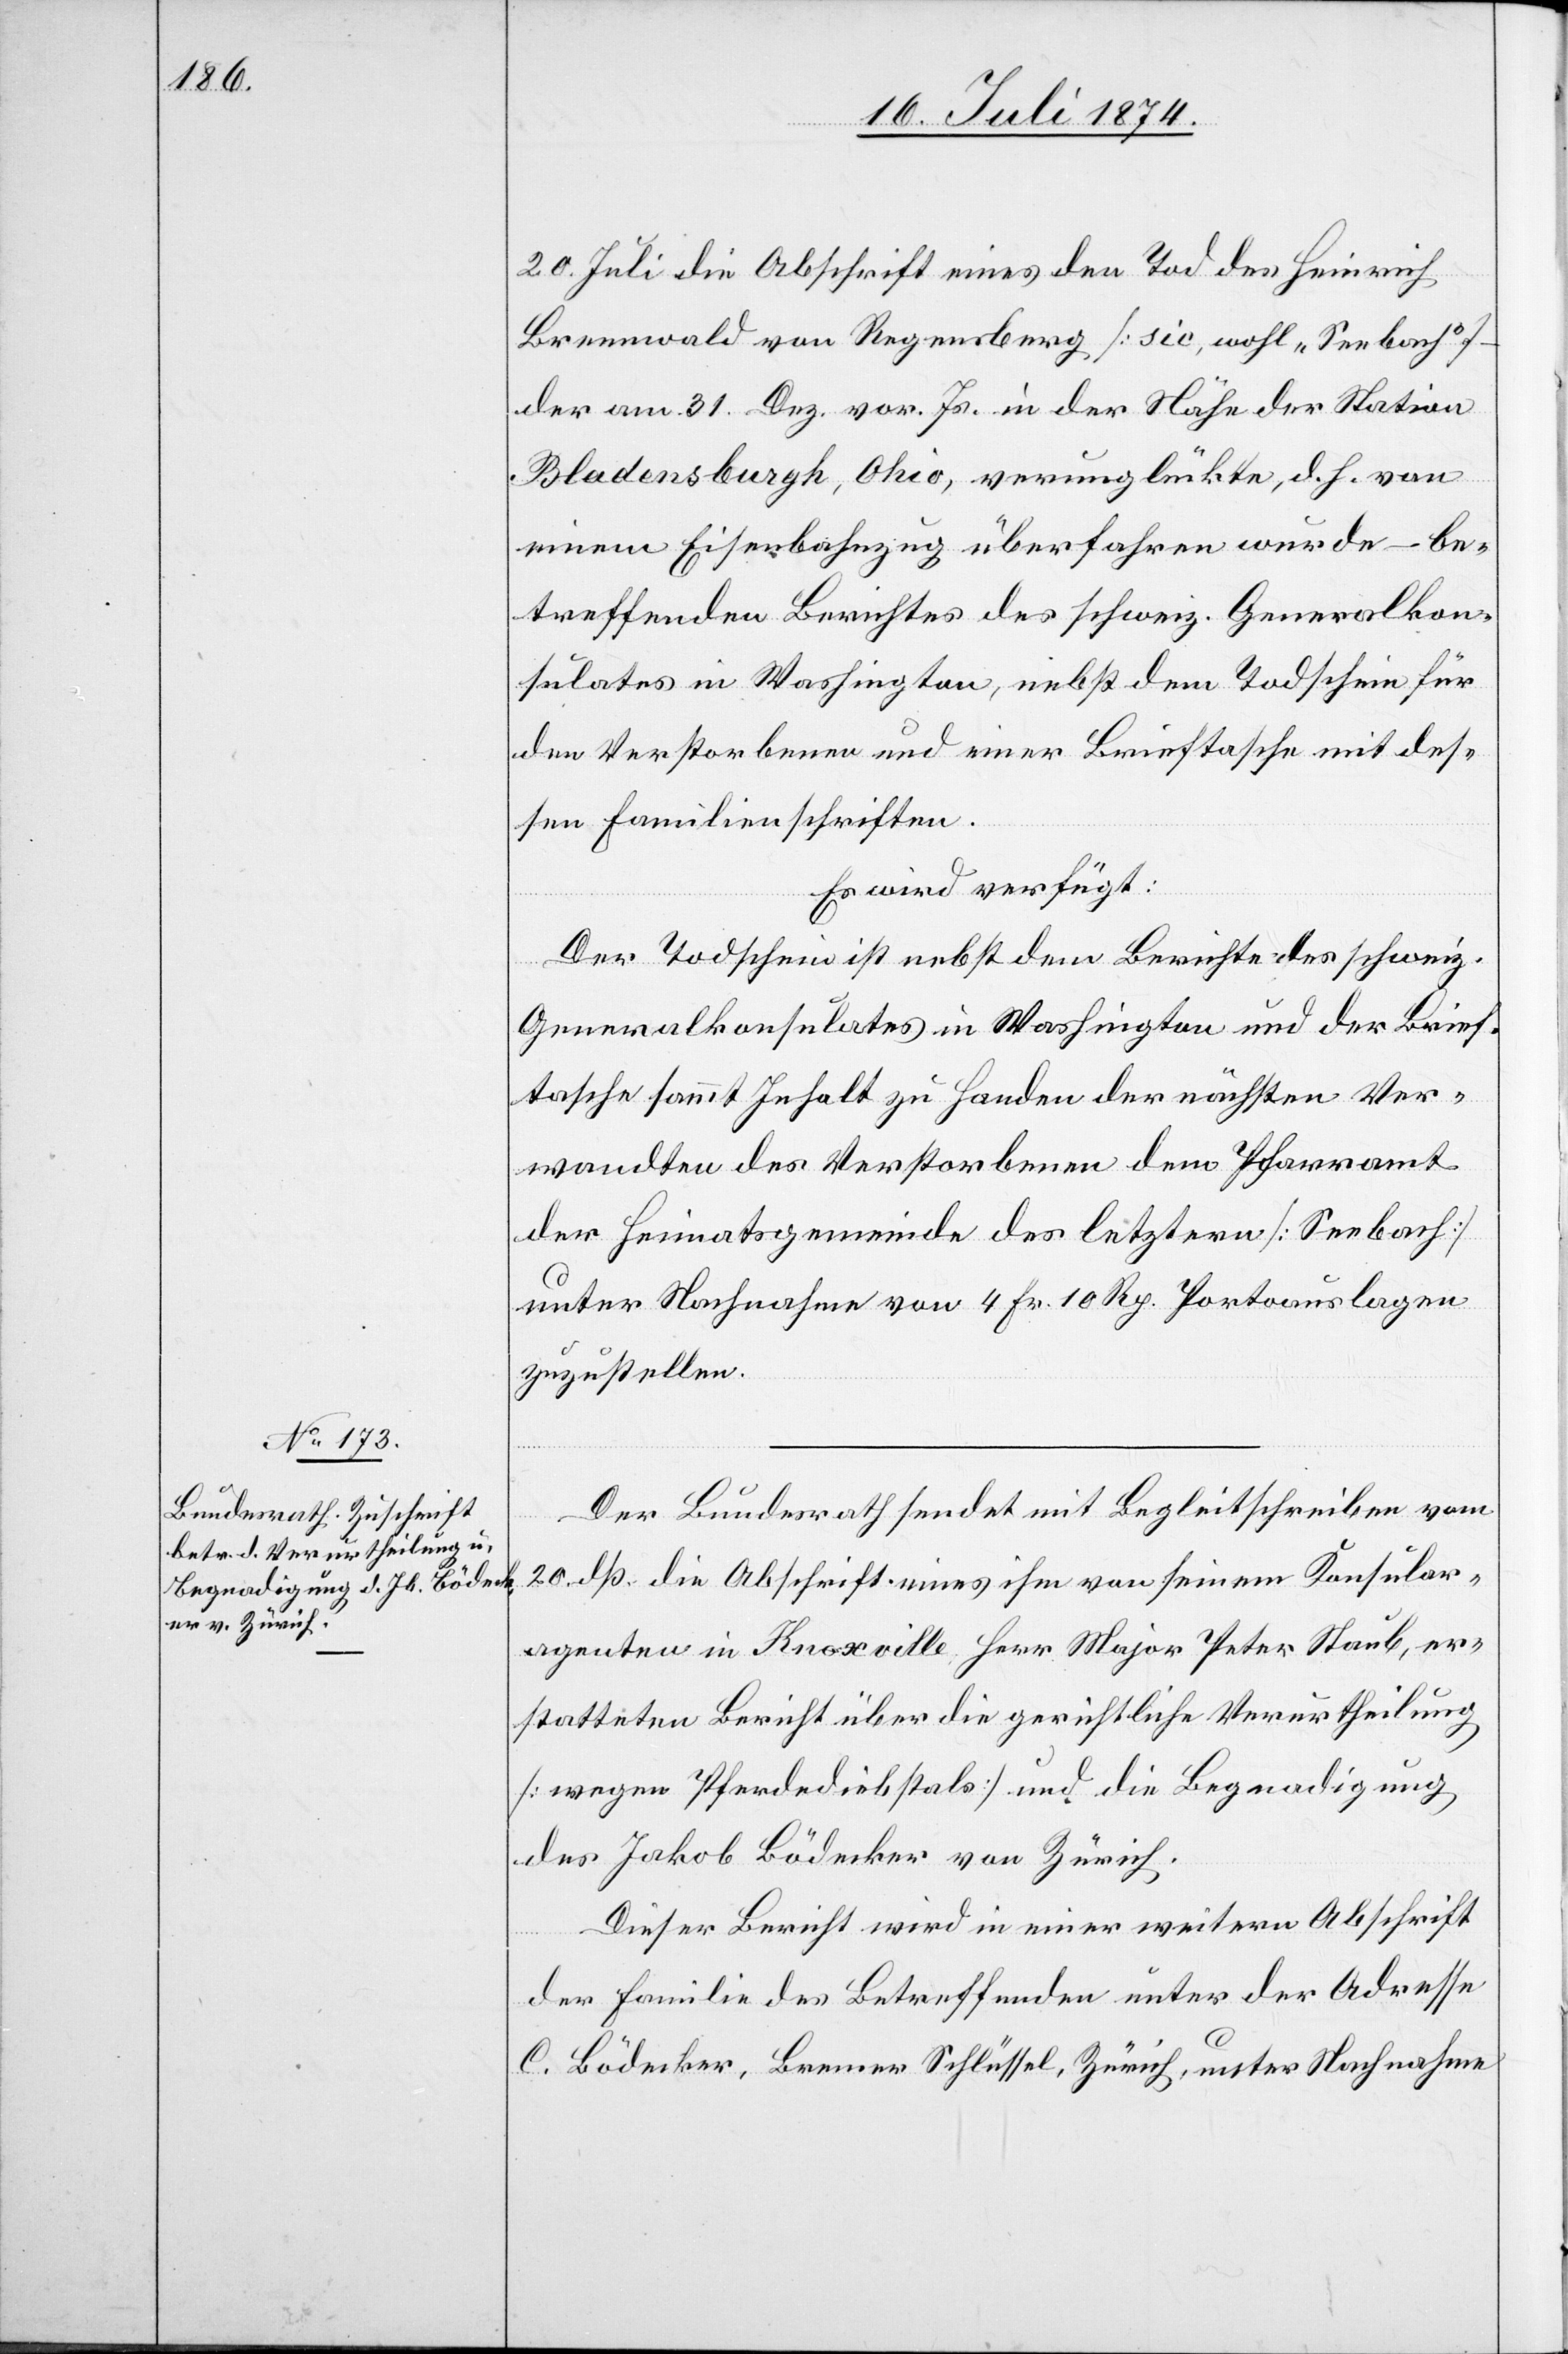
23. Juli 1874.]
20. Juli die Abschrift eines den Tod des Heinrich
Brennwald von Regensberg [sic, wohl „Seebach“]
der am 31. Dez. vor. Js. in der Nähe der Station
Bladensburgh, Ohio, verunglückte, d. h. von
einem Eisenbahnzug überfahren wurde – be¬
treffenden Berichtes des schweiz. Generalkon¬
sulates in Washington, nebst dem Todschein für
den Verstorbenen und einer Brieftasche mit des¬
sen Familienschriften.
Es wird verfügt:
Der Todschein ist nebst dem Berichte des schweiz.
Generalkonsulates in Washington und der Brief¬
tasche sammt Inhalt zu Handen der nächsten Ver¬
wandten des Verstorbenen dem Pfarramt
der Heimatsgemeinde des letztern [Seebach]
unter Nachnahme von 4 Fr. 10 Rp. Portoauslagen
zuzustellen.
Der Bundesrath sendet mit Begleitschreiben vom
20. dß. die Abschrift eines ihm von seinem Konsular¬
agenten in Knoxville Herr Major Peter Staub, er¬
statteten Bericht über die gerichtliche Verurtheilung
[wegen Pferdediebstals] und die Begnadigung
des Jakob Bödecker von Zürich.
Dieser Bericht wird in einer weitern Abschrift
der Familie des Betreffenden unter der Adresse
C. Bödecker, Brenner Schlüssel, Zürich, unter Nachnahme